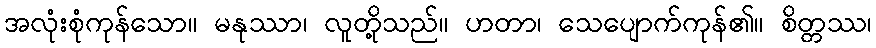
အလုံးစုံကုန်သော။ မနုဿာ၊ လူတို့သည်။ ဟတာ၊ သေပျောက်ကုန်၏။ စိတ္တဿ၊